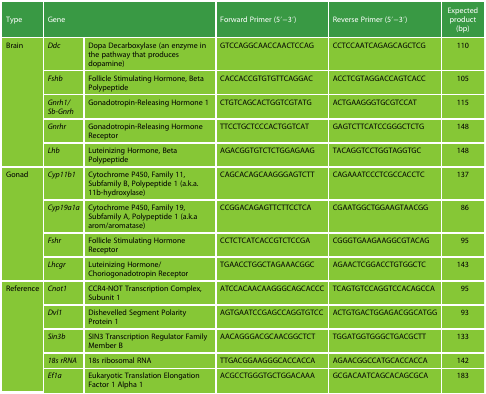
<table><thead><tr><td><b>Type</b></td><td colspan="2"><b>Gene</b></td><td><b>Forward Primer (5′−3′)</b></td><td><b>Reverse Primer (5′−3′)</b></td><td><b>Expected product (bp)</b></td></tr></thead><tbody><tr><td rowspan="5">Brain</td><td><i>Ddc</i></td><td>Dopa Decarboxylase (an enzyme in the pathway that produces dopamine)</td><td>GTCCAGGCAACCAACTCCAG</td><td>CCTCCAATCAGAGCAGCTCG</td><td>110</td></tr><tr><td><i>Fshb</i></td><td>Follicle Stimulating Hormone, Beta Polypeptide</td><td>CACCACCGTGTGTTCAGGAC</td><td>ACCTCGTAGGACCAGTCACC</td><td>105</td></tr><tr><td><i>Gnrh1/Sb-Gnrh</i></td><td>Gonadotropin-Releasing Hormone 1</td><td>CTGTCAGCACTGGTCGTATG</td><td>ACTGAAGGGTGCGTCCAT</td><td>115</td></tr><tr><td><i>Gnrhr</i></td><td>Gonadotropin-Releasing Hormone Receptor</td><td>TTCCTGCTCCCACTGGTCAT</td><td>GAGTCTTCATCCGGGCTCTG</td><td>148</td></tr><tr><td><i>Lhb</i></td><td>Luteinizing Hormone, Beta Polypeptide</td><td>AGACGGTGTCTCTGGAGAAG</td><td>TACAGGTCCTGGTAGGTGC</td><td>148</td></tr><tr><td rowspan="4">Gonad</td><td><i>Cyp11b1</i></td><td>Cytochrome P450, Family 11, Subfamily B, Polypeptide 1 (a.k.a. 11b-hydroxylase)</td><td>CAGCACAGCAAGGGAGTCTT</td><td>CAGAAATCCCTCGCCACCTC</td><td>137</td></tr><tr><td><i>Cyp19a1a</i></td><td>Cytochrome P450, Family 19, Subfamily A, Polypeptide 1 (a.k.a arom/aromatase)</td><td>CCGGACAGAGTTCTTCCTCA</td><td>CGAATGGCTGGAAGTAACGG</td><td>86</td></tr><tr><td><i>Fshr</i></td><td>Follicle Stimulating Hormone Receptor</td><td>CCTCTCATCACCGTCTCCGA</td><td>CGGGTGAAGAAGGCGTACAG</td><td>95</td></tr><tr><td><i>Lhcgr</i></td><td>Luteinizing Hormone/Choriogonadotropin Receptor</td><td>TGAACCTGGCTAGAAACGGC</td><td>AGAACTCGGACCTGTGGCTC</td><td>143</td></tr><tr><td rowspan="5">Reference</td><td><i>Cnot1</i></td><td>CCR4-NOT Transcription Complex, Subunit 1</td><td>ATCCACAACAAGGGCAGCACCC</td><td>TCAGTGTCCAGGTCCACAGCCA</td><td>95</td></tr><tr><td><i>Dvl1</i></td><td>Dishevelled Segment Polarity Protein 1</td><td>AGTGAATCCGAGCCAGGTGTCC</td><td>ACTGTGACTGGAGACGGCATGG</td><td>93</td></tr><tr><td><i>Sin3b</i></td><td>SIN3 Transcription Regulator Family Member B</td><td>AACAGGGACGCAACGGCTCT</td><td>TGGATGGTGGGCTGACGCTT</td><td>133</td></tr><tr><td><i>18s rRNA</i></td><td>18s ribosomal RNA</td><td>TTGACGGAAGGGCACCACCA</td><td>AGAACGGCCATGCACCACCA</td><td>142</td></tr><tr><td><i>Ef1a</i></td><td>Eukaryotic Translation Elongation Factor 1 Alpha 1</td><td>ACGCCTGGGTGCTGGACAAA</td><td>GCGACAATCAGCACAGCGCA</td><td>183</td></tr></tbody></table>